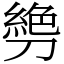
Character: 㔃